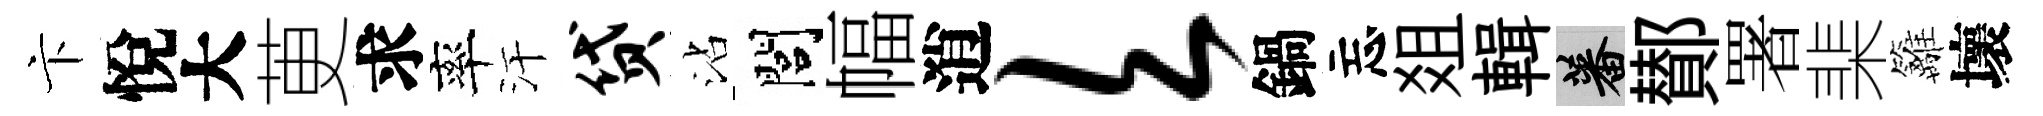
卞悅大茰求率汗贷沾閭幅逍欠鍋忘爼輯蕃鄼署棐籬壞